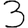
Digit: 3